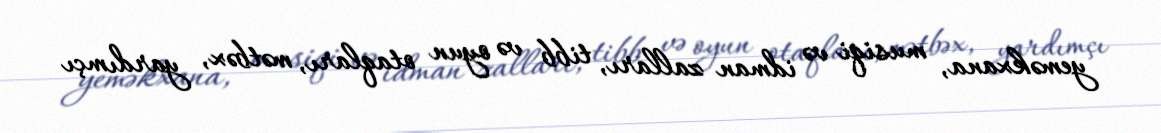
yeməkxana, musiqi və idman zalları, tibb və oyun otaqları, mətbəx, yardımçı